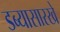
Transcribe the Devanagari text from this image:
डब्यासारखे